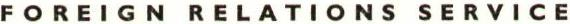
FOREIGN RELATIONS SERVICE